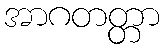
အာဂတတ္တာ